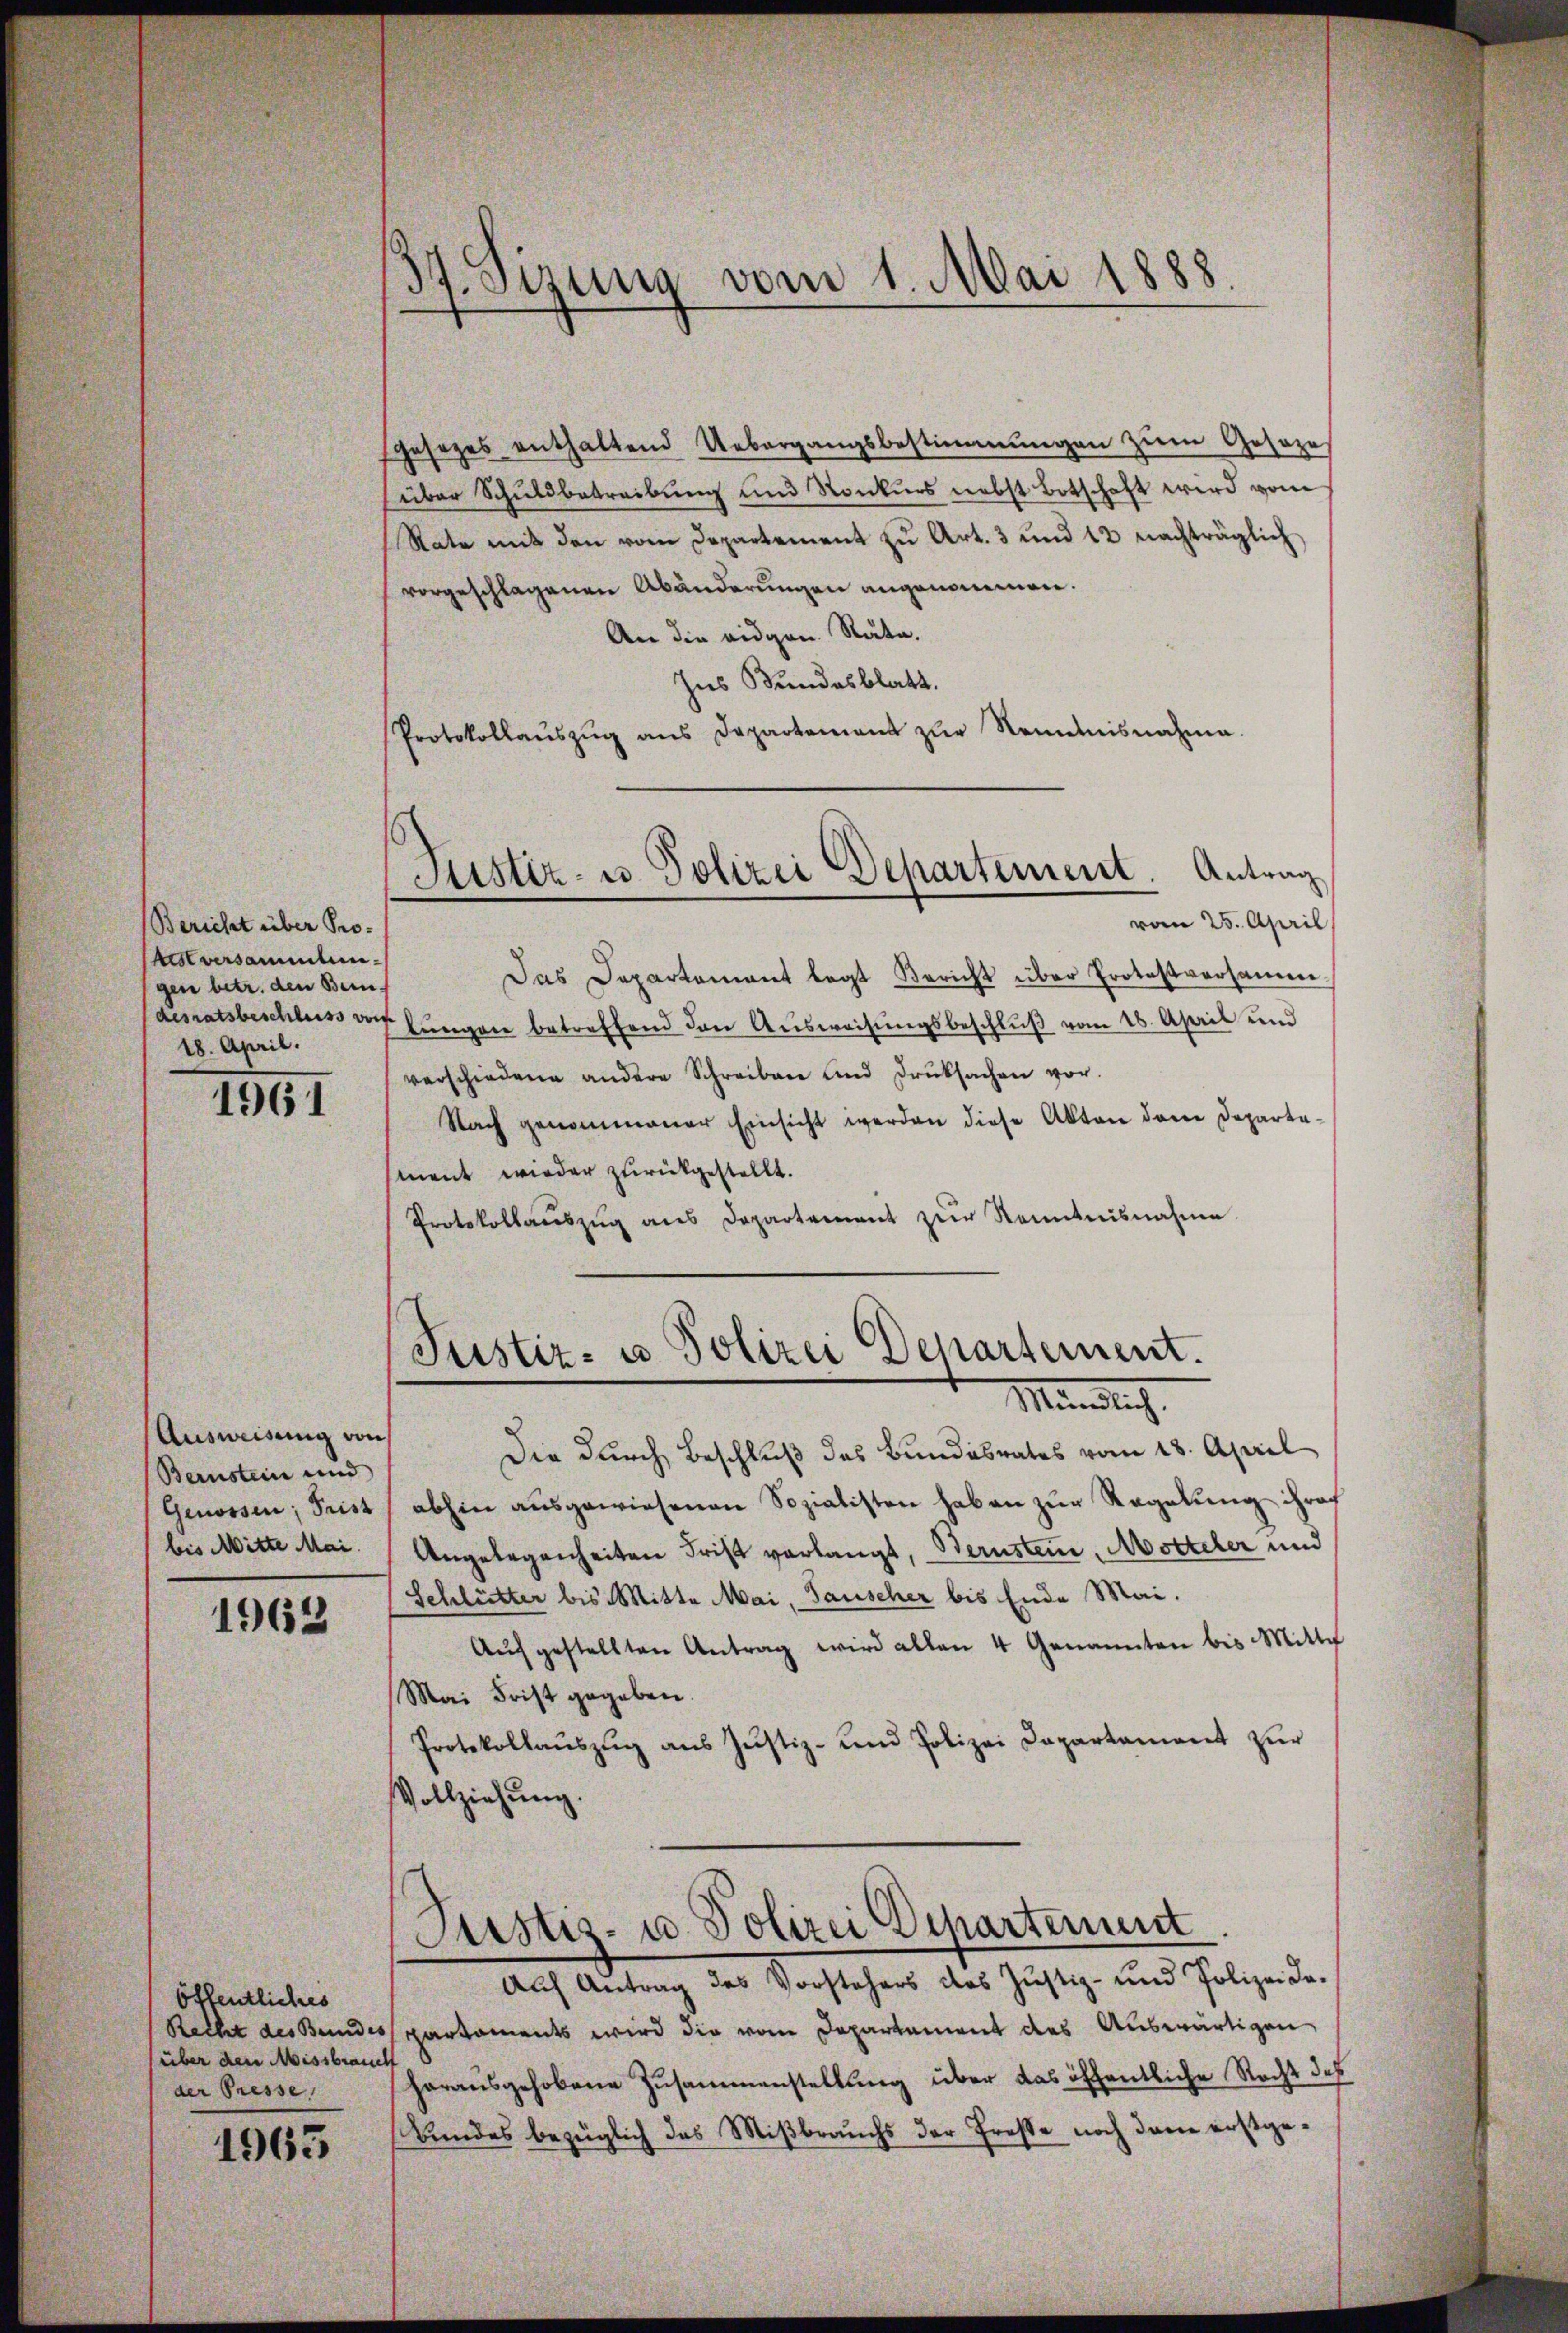
Bericht über Pro-
istversammlungen betr. den Bern,
18. April.

1961

Ausweisung von
Bernstein und
Genossen; Frist
bis Mitte Mai.

1963

gesezes enthaltend Uebergangsbestimmungen zum Gesezes
über Schuldbetreibung und Konkurs nebst Botschaft wird vom
Rate mit den vom Departement zu Art. 3 und 12 nachträglich
vorgeschlagenen Abänderungen angenommen.
An die eidgen Rata.
Ins Bundesblatt.
Protokollaŭszŭg ans Departement zŭr Nenntnisnahme.

Das Departement legt Bericht über Protestversamm
desratsbeschluss des hungen betreffend den Ausweisungsbeschluß vom 18. April und
verschiedene andere Schreiben und Druksachen vor.
Nach genommener Einsicht werden diese Akten dem Departa-
sment wieder zurückgestellt.
Protokollaŭszŭg ans Departement zŭr Kenntnisnahme

öffentliches
Recht des Bundes
(über den Missbrauch
der Presse

1965

37. Sizung vom 1. Mai 1888.

Justiz- u. Polizei Departement. Antrag
vom 25. April

Justiz- u Polizei Departement.
Mündlich

Die durch Beschluß des Bundesrates vom 18. April
abhin ausgewiesenen Sozialisten haben zur Regelung ihres
Angelegenheiten Frist verlangt, Bernstein, Motteler und
Schlütter bis Mitte Mai, Tauscher bis Ende Mai.
Aŭfgestellten Antrag wird allen 4 Genannten bis Mitte
Mai Frist gegeben.
Protokollaŭszŭg ans Justiz- und Polizei Dapartament zŭr
Vollziehung.

Justiz- u. Polizei Departement

Auch Antrag des Vorstehers des Justiz- und Polizei daspartaments wird die vom Departement des Auswärtigen
herausgehobene Zusammenstellung über das öffentliche Recht des
Bundes bezüglich das Mißbrauchs der Preße noch dem erstge¬